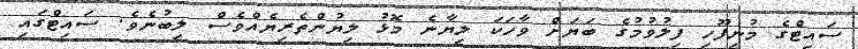
ސައިޓްގެ މުނިފޫހި ފިލުވުމުގެ ބަޔަށް ވާހަކަ ލިޔާނެ މޮޅު ލިޔުންތެރިޔެއްވެސް ލިބުނެވެ. ސައިޓްގައި